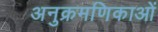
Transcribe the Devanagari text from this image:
अनुक्रमणिकाओं